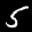
Label: 5